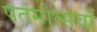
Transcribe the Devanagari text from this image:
पतंगोत्सवों